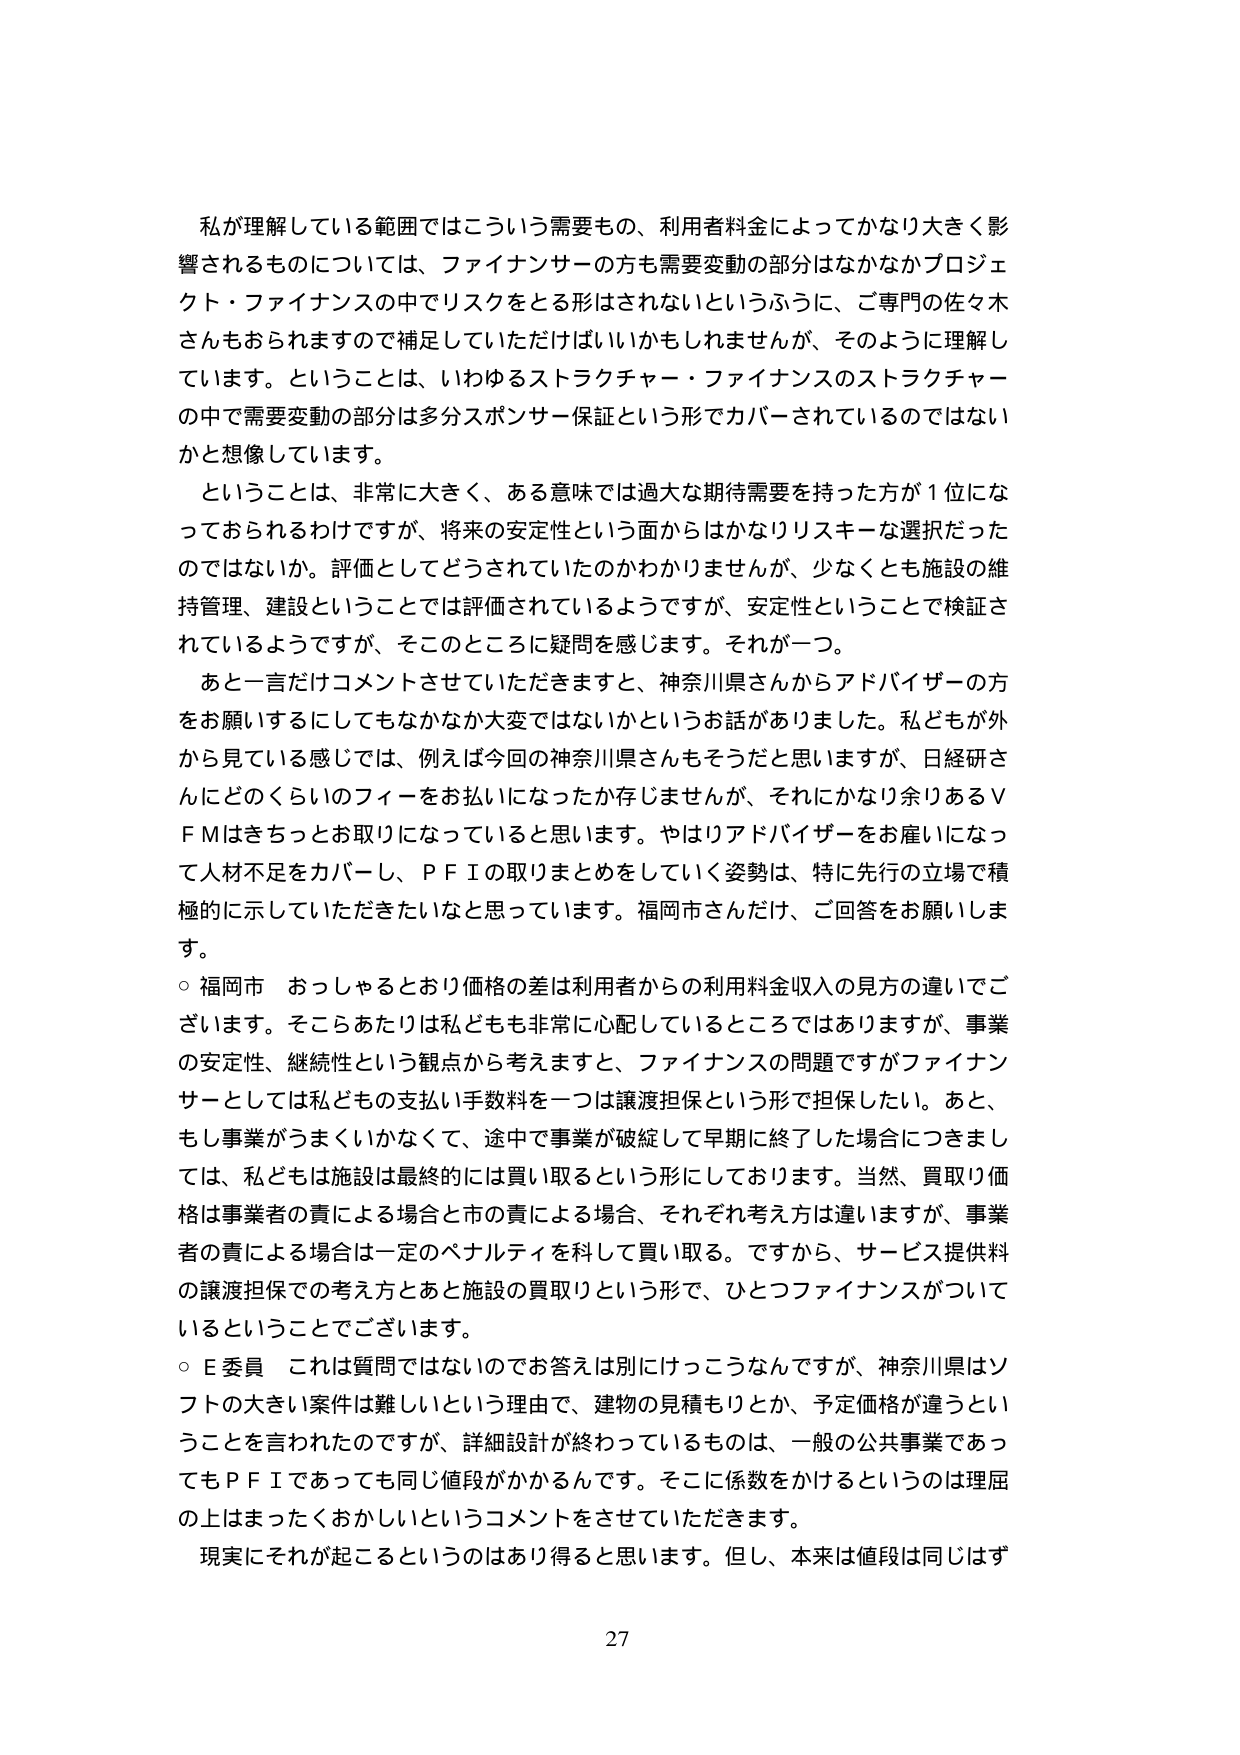
私が理解している範囲ではこういう需要もの、利用者料金によってかなり大きく影響されるものについては、ファイナンサーの方も需要変動の部分はなかなかプロジェクト・ファイナンスの中でリスクをとる形はされないというふうに、ご専門の佐々木さんもおられますので補足していただければいいかもしれませんが、そのように理解しています。ということは、いわゆるストラクチャー・ファイナンスのストラクチャーの中で需要変動の部分は多分スポンサー保証という形でカバーされているのではないかと想像しています。

ということは、非常に大きく、ある意味では過大な期待需要を持った方が１位になっておられるわけですが、将来の安定性という面からはかなりリスクーな選択だったのではないか。評価としてどうされていたのかわかりませんが、少なくとも施設の維持管理、建設ということでは評価されているようですが、安定性ということで検証されているようですが、そこのところに疑問を感じます。それが一つ。

あと一言だけコメントさせていただきますと、神奈川県さんからアドバイザーの方をお願いするにしてもなかなか大変ではないかというお話がありました。私どもが外から見ている感じでは、例えば今回の神奈川県さんもそうだと思いますが、日経研さんにどのくらいのフィーをお払いになったか存じませんが、それにかなり余あるＶＦＭはきちっとお取りになっていると思います。やはりアドバイザーをお雇いになって人材不足をカバーし、ＰＦＩの取りまとめをしていく姿勢は、特に先行の立場で積極的に示していただきたいなと思っています。福岡市さんだけ、ご回答をお願いします。

○ 福岡市　おっしゃるとおり価格の差は利用者からの利用料金収入の見方の違いでございます。そこらあたりは私どもも非常に心配しているところではありますが、事業の安定性、継続性という観点から考えますと、ファイナンスの問題ですがファイナンサーとしては私どもの支払い手数料を一つは譲渡担保という形で担保したい。あと、もし事業がうまくいかなくて、途中で事業が破綻して早期に終了した場合につきましては、私どもは施設は最終的には買い取るという形にしております。当然、買取り価格は事業者の責による場合と市の責による場合、それぞれ考え方は違いますが、事業者の責による場合は一定のペナルティを科して買い取る。ですから、サービス提供料の譲渡担保での考え方とあと施設の買取りという形で、ひとつファイナンスがついているということでございます。

○ Ｅ委員　これは質問ではないのでお答えは別にけっこうなんですが、神奈川県はソフトの大きい案件は難しいという理由で、建物の見積もりとか、予定価格が違うということを言われたのですが、詳細設計が終わっているものは、一般の公共事業であってもＰＦＩであっても同じ値段がかかるんです。そこに係数をかけるというのは理屈の上はまったくおかしいというコメントをさせていただきます。

現実にそれが起こるというのはあり得ると思います。但し、本来は値段は同じはず

27